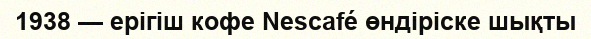
1938 — ерігіш кофе Nescafé өндіріске шықты